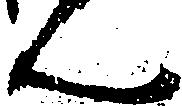
ん